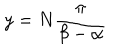
{ y = N { \frac { \pi } { \beta - \alpha } } }